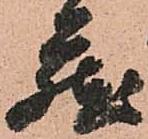
蔵